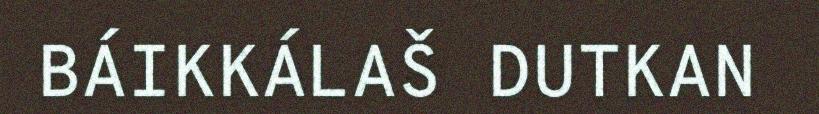
BÁIKKÁLAŠ DUTKAN